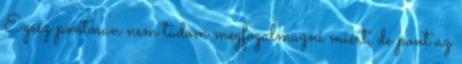
Egész pontosan nem tudom megfogalmazni miért, de pont az